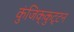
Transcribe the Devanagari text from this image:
कुंजिक्कुट्टन